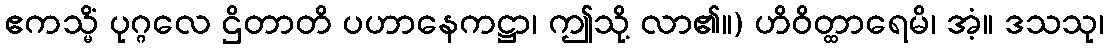
ဧကသ္မိံ ပုဂ္ဂလေ ဌိတာတိ ပဟာနေကဋ္ဌာ၊ ဤသို့ လာ၏။) ဟိဝိတ္ထာရေမိ၊ အံ့။ ဒသသု၊